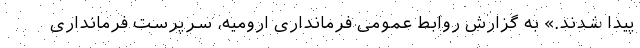
پیدا شدند.» به گزارش روابط عمومی فرمانداری ارومیه، سرپرست فرمانداری